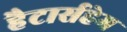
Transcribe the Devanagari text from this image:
हैटार्सहेम